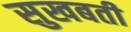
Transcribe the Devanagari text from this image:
सुखबती